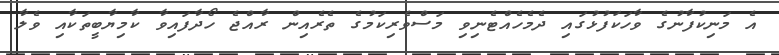
އެ މަނިކުފާނުގެ ވާހަކަފުޅުގައި ދެމެހެއްޓެނިވި މަސްވެރިކަމުގެ ތެރެއިން ރާއްޖެ ހޯދާފައިވާ ކާމިޔާބީތަކާއި ވެލާ